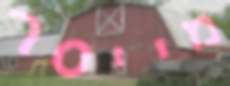
מייסר